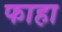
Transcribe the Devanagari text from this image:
फाहा